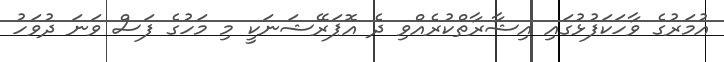
އުމަރުގެ ވާހަކަފުޅުގައި އިޝާރާތްކުރެއްވި ދެ އޮޕަރޭޝަނަކީ މި މަހުގެ ފަސް ވަނަ ދުވަހު